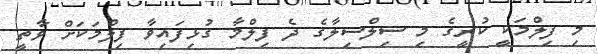
މި ފިލްމަކީ ކުރީގެ މި ސިލްސިލާގެ ދެ ފިލްމާ ގުޅިފައިވާ ފިލްމަކަށް ވާތީ